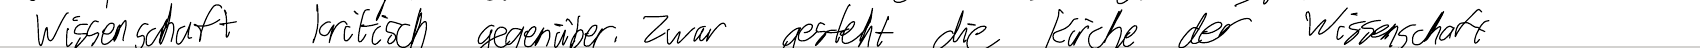
Wissenschaft kritisch gegenüber. Zwar gesteht die Kirche der Wissenschaft